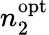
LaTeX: n_{2}^{\mathrm{opt}}